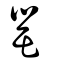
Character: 罌